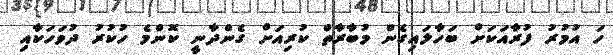
ހަ އުމުރު ފުރާއަކަށް ބަހާލައިގެން މުބާރާތް ކުރިއަށް ގެންދާނީ ކޮންމެ ހުކުރު ދުވަހަކާއި